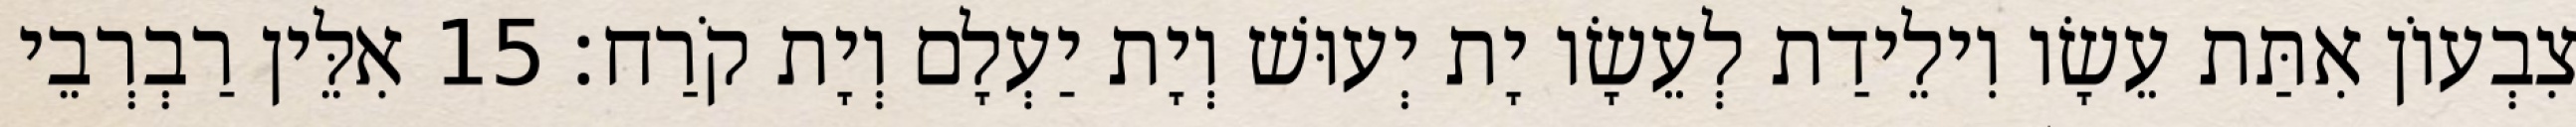
צִבְעוֹן אִתַּת עֵשָׂו וִילֵידַת לְעֵשָׂו יָת יְעוּשׁ וְיָת יַעְלָם וְיָת קֹרַח׃ 15 אִלֵּין רַבְרְבֵי